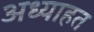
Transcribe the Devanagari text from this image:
अध्याहत